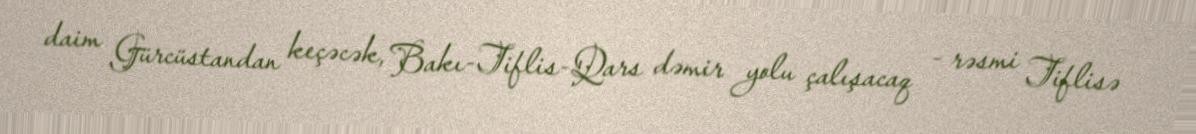
daim Gürcüstandan keçəcək, Bakı-Tiflis-Qars dəmir yolu çalışacaq - rəsmi Tiflisə